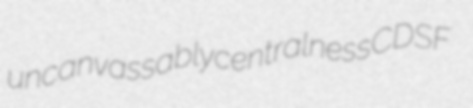
uncanvassably centralness CDSF